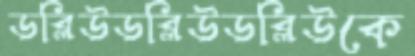
ডব্লিউডব্লিউডব্লিউকে